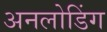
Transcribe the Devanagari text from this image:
अनलोडिंग